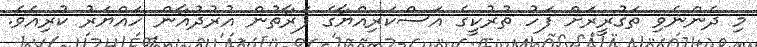
މި ދެންނެވި ތަގުރީރަށް ފަހު ތުރުކީގެ އަސްކަރިއްޔާގެ ފަރާތުން އުރުދުޣާން ހައްޔަރު ކުރިއެވެ.